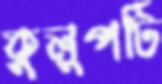
কুলুপটি